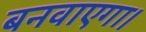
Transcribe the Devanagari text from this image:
बनवाएगा।